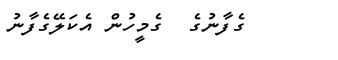
ގެފާނުގެ  ގެމީހުން އެކަލޭގެފާނު